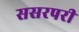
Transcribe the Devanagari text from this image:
ससरपरी